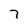
Character: 7